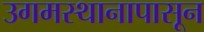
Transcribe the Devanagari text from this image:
उगमस्थानापासून